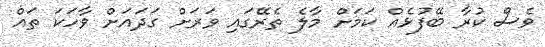
ވެސް ކުރާ ބޭފުޅެއް ކަމަށް މާލެ ތެރޭގައި ވަރަށް ގަދައަށް ވާހަކަ ތައް